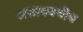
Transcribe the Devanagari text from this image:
असावयचीच